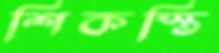
শিকস্তি